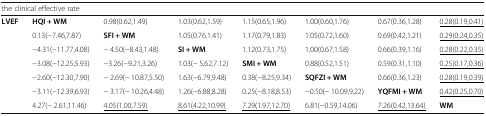
<table><thead><tr><td colspan="8"><b>the clinical effective rate</b></td></tr></thead><tbody><tr><td rowspan="7"><b>LVEF</b></td><td><b>HQI + WM</b></td><td>0.98(0.62,1.49)</td><td>1.03(0.62,1.59)</td><td>1.15(0.65,1.96)</td><td>1.00(0.60,1.76)</td><td>0.67(0.36,1.28)</td><td><underline>0.28(0.19,0.41)</underline></td></tr><tr><td>0.13(−7.46,7.87)</td><td><b>SFI + WM</b></td><td>1.05(0.76,1.41)</td><td>1.17(0.79,1.83)</td><td>1.05(0.72,1.60)</td><td>0.69(0.42,1.21)</td><td><underline>0.29(0.24,0.35)</underline></td></tr><tr><td>−4.31(−11.77,4.08)</td><td>− 4.50(−8.43,1.48)</td><td><b>SI + WM</b></td><td>1.12(0.73,1.75)</td><td>1.00(0.67,1.58)</td><td>0.66(0.39,1.16)</td><td><underline>0.28(0.22,0.35)</underline></td></tr><tr><td>−3.08(−12.25,5.93)</td><td>−3.26(−9.21,3.26)</td><td>1.03(− 5.62,7.12)</td><td><b>SMI + WM</b></td><td>0.88(0.52,1.51)</td><td>0.59(0.31,1.10)</td><td><underline>0.25(0.17,0.36)</underline></td></tr><tr><td>−2.60(−12.30,7.90)</td><td>− 2.69(− 10.87,5.50)</td><td>1.63(−6.79,9.48)</td><td>0.38(−8.25,9.34)</td><td><b>SQFZI + WM</b></td><td>0.66(0.36,1.23)</td><td><underline>0.28(0.19,0.39)</underline></td></tr><tr><td>−3.11(−12.39,6.93)</td><td>− 3.17(− 10.26,4.48)</td><td>1.26(−6.88,8.28)</td><td>0.25(−8.18,8.53)</td><td>−0.50(− 10.09,9.22)</td><td><b>YQFMI + WM</b></td><td><underline>0.42(0.25,0.70)</underline></td></tr><tr><td>4.27(− 2.61,11.46)</td><td><underline>4.05(1.00,7.59)</underline></td><td><underline>8.61(4.22,10.99)</underline></td><td><underline>7.29(1.97,12.70)</underline></td><td>6.81(−0.59,14.06)</td><td><underline>7.26(0.42,13.64)</underline></td><td><b>WM</b></td></tr></tbody></table>